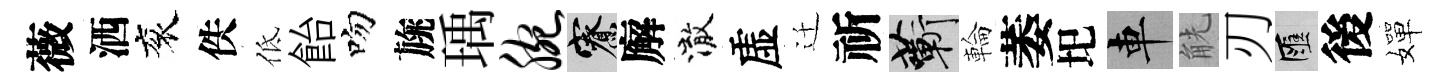
薇洒衮佚低飴吻旐瑀腕寮廨澈虚迁祈蔪輪萎圯車觥刃匯後嬋